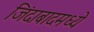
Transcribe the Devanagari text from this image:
जिंदाबादमध्ये